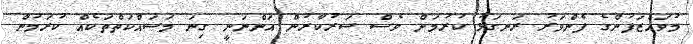
މުވައްޒަފުންގެ ފެންވަރު ރަނގަޅު ކުރުމަށް ވެސް ސަރުކާރުން އަންނަނީ ގިނަ މަސައްކަތްތަކެއް ކުރަމުން